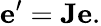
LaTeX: \mathbf{e^{\prime}}=\mathbf{J}\mathbf{e}.